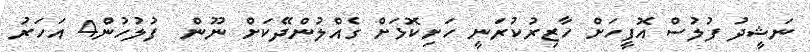
ނަޝީދު ފުލުސް އޮފީހަށް ހާޒިރުކުރަނީ ހަށިކޮޅަށް ގެއްލުންދޭކަށް ނޫން  ފުލުހުން4 އަހަރު